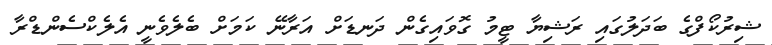
ޝިރުކޯފްގެ ބަދަަލުގައި ރަޝިޔާ ޓީމު ގޮވައިގެން ދަނޑަށް އަރާނޭ ކަމަށް ބެލެވެނީ އެލެކްސެންޑްރާ